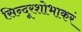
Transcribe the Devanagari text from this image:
सिन्दूरशोभाकरं